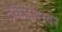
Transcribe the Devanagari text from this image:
ठेकेदारावर